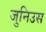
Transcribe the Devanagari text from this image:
जुनिउस